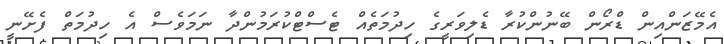
އެމޭޒަންއިން ޑްރޯން ބޭނުންކުރާ ޑެލިވަރީގެ ހިދުމަތެއް ޓެސްޓްކުރަމުންދާ ނަމަވެސް އެ ހިދުމަތް ފެށޭނީ